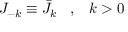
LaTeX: J _ { - k } \equiv \bar { J } _ { k } \; \; \; , \; \; \; k > 0